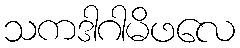
သကဒါဂါမိဖလေ